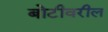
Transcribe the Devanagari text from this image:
बोटीवरील